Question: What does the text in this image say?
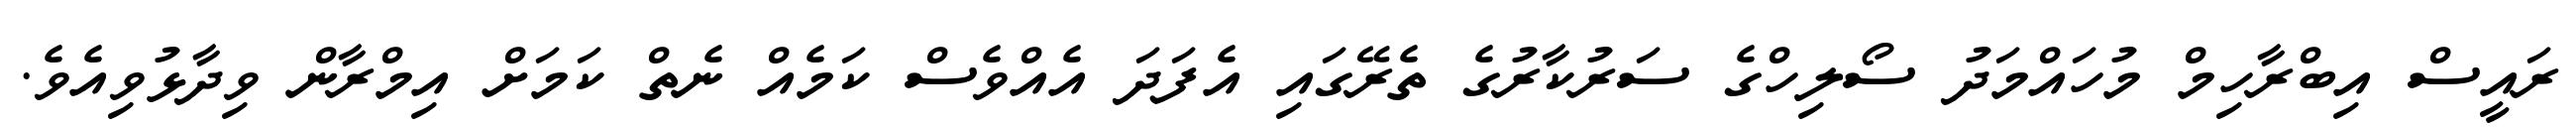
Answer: ރައީސް އިބްރާހިމް މުހައްމަދު ސޯލިހްގެ ސަރުކާރުގެ ތެރޭގައި އެފަދަ އެއްވެސް ކަމެއް ނެތް ކަމަށް އިމްރާން ވިދާޅުވިއެވެ.